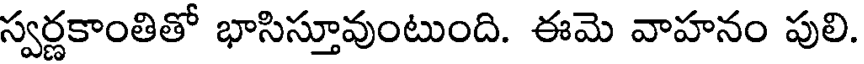
స్వర్ణకాంతితో భాసిస్తూవుంటుంది. ఈమె వాహనం పులి.